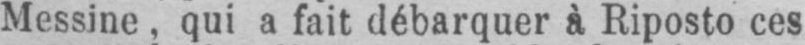
Messine, qui a fait débarquer à Riposto ces